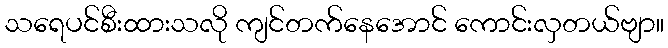
သရေပင်စီးထားသလို ကျင်တက်နေအောင် ကောင်းလှတယ်ဗျာ။